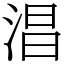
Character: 淐